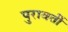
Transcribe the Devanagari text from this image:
पुरावर्ती